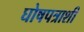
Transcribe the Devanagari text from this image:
घोषपत्राशी